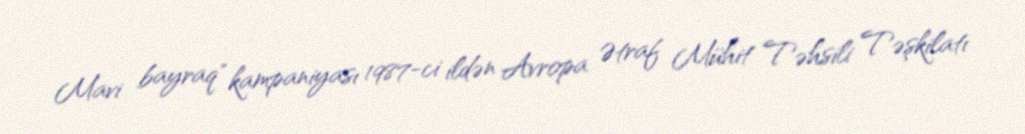
Mavi bayraq" kampaniyası 1987-ci ildən Avropa Ətraf Mühit Təhsili Təşkilatı